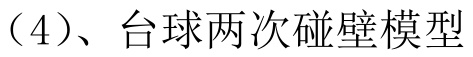
（4）、台球两次碰壁模型